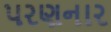
પરણનાર